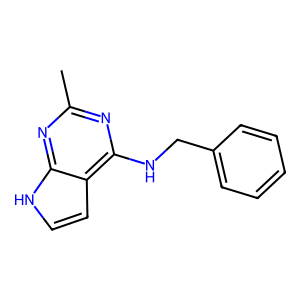
SMILES: Cc1nc(NCc2ccccc2)c2cc[nH]c2n1
Inhibits HIV replication: No